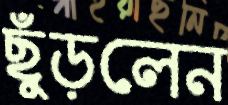
ছুঁড়লেন